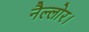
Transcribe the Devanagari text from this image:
नैल्‍लोर।